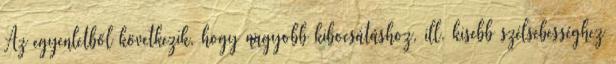
Az egyenletből következik, hogy nagyobb kibocsátáshoz, ill. kisebb szélsebességhez